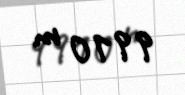
9910 m